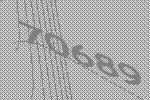
70689